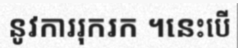
នូវការរុករក ។នេះបើ